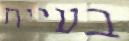
בעיית